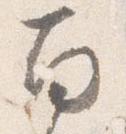
南